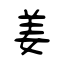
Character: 姜